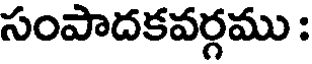
సంపాదకవర్గము :